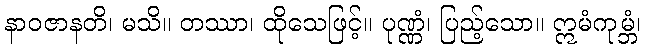
နာဝဇာနတိ၊ မသိ။ တဿာ၊ ထိုသေဖြင့်။ ပုဏ္ဏံ၊ ပြည့်သော။ ဣမံကုမ္ဘံ၊